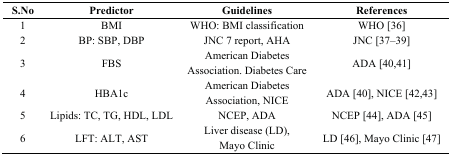
| S.No | Predictor | Guidelines | References |
 | --- | --- | --- | --- |
 | 1 | BMI | WHO: BMI classification | WHO [36] |
 | 2 | BP: SBP, DBP | JNC 7 report, AHA | JNC [37,38,39] |
 | 3 | FBS | American Diabetes Association. Diabetes Care | ADA [40,41] |
 | 4 | HBA1c | American Diabetes Association, NICE | ADA [40], NICE [42,43] |
 | 5 | Lipids: TC, TG, HDL, LDL | NCEP, ADA | NCEP [44], ADA [45] |
 | 6 | LFT: ALT, AST | Liver disease (LD), Mayo Clinic | LD [46], Mayo Clinic [47] |